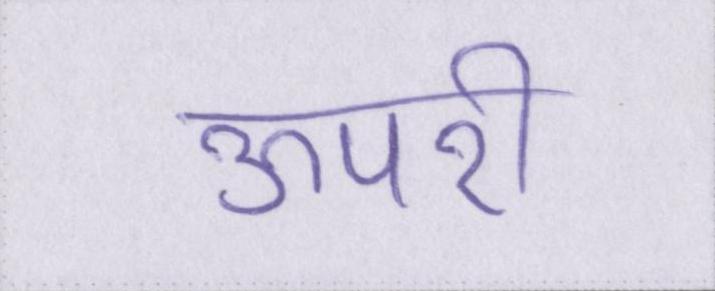
ऊपरी